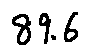
8 9 . 6